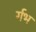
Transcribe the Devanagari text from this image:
र्गभ